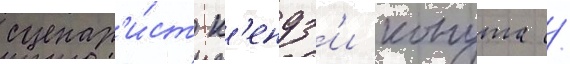
сценар'и́ст к'ендз'и конута /